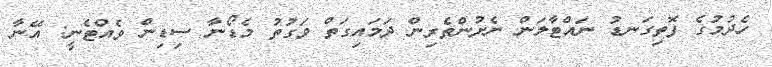
ހެދުމުގެ ފޮތިގަނޑު ނައްޓާލަން ނެށުންތެރިން ދަމައިގަތް ވަގުތު މެޑޯނާ ސިޑިން ވެއްޓެނީ: އޭނާ